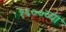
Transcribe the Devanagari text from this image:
१६००च्या